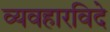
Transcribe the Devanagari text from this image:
व्यवहारविदे